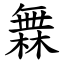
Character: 橆